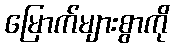
မြောက်များစွာကို